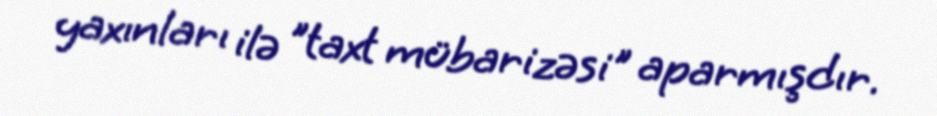
yaxınları ilə "taxt mübarizəsi" aparmışdır.